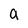
Character: a